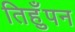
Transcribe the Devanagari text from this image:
तिहुँपन